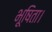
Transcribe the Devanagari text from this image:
भूषिता।